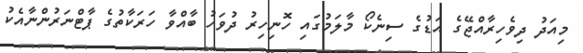
މިއަދު ދިވެހިރާއްޖޭގެ އަޑުގެ ސިނެކޯ މާލަމުގައި ހޮނިހިރު ދުވަހު ބާއްވާ ހަރަކާތުގެ ޕާޓްނަރުންނާއެކު